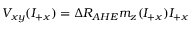
V _ { x y } ( I _ { + x } ) = \Delta R _ { A H E } m _ { z } ( I _ { + x } ) I _ { + x }